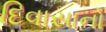
દિવાસાનો